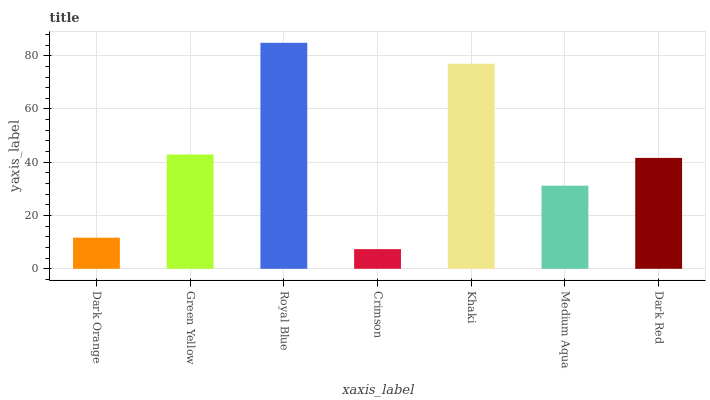
| xaxis_label | bars |
 | --- | --- |
 | Dark Orange | 11.7 |
 | Green Yellow | 42.9 |
 | Royal Blue | 84.8 |
 | Crimson | 7.39 |
 | Khaki | 77 |
 | Medium Aqua | 31.2 |
 | Dark Red | 41.6 |